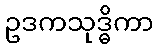
ဥဒကသုဒ္ဓိကာ